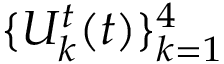
\{ U _ { k } ^ { t } ( t ) \} _ { k = 1 } ^ { 4 }